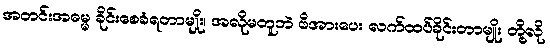
အတင်းအဓမ္မ ခိုင်းစေခံရတာမျိုး၊ အလိုမတူဘဲ ဖိအားပေး လက်ထပ်ခိုင်းတာမျိုး တို့လို